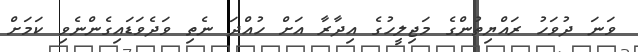
ވަނަ ދުވަހު ރައްޔިތުންގެ މަޖިލީހުގެ އިދާރާ އަށް ހުއްދަ ނެތި ވަދެވަޑައިގެންނެވި ކަމަށް